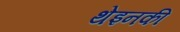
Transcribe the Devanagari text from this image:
थेइनकी